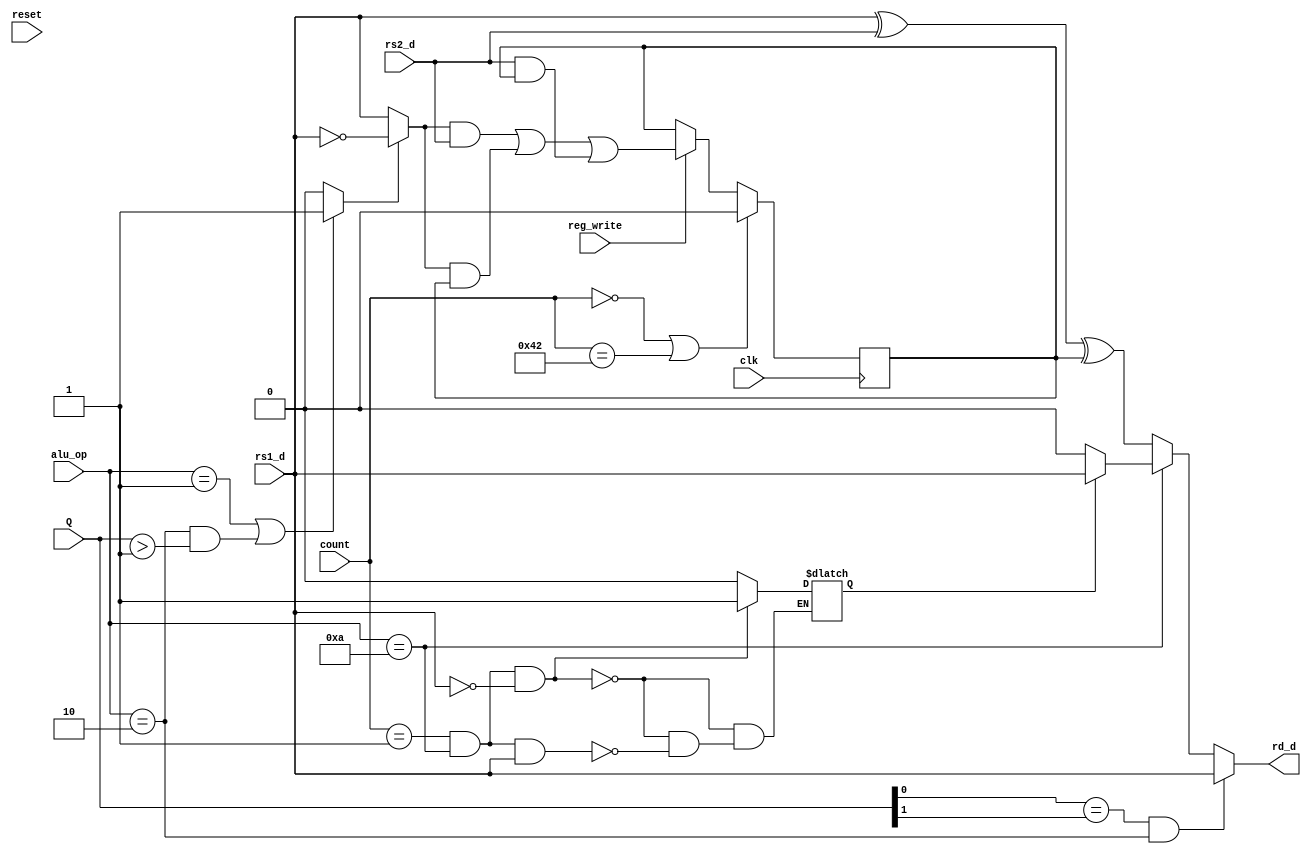
module  Serialized_ALU #(parameter LENGTH = 32)
(
	clk,  
	reset, 
	rd_d,	//alu result will be written to rd (rd_d == rd data)  
	rs1_d,  //data in from rs1
	rs2_d, 	//data in from rs2
	alu_op,//op code
	count,		//signals sent to or from controller
	reg_write,	//signals sent to or from controller
	Q
	// LENGTH
);
input[1:0] Q;
input clk, reset, rs1_d, rs2_d;
input[3:0] alu_op;
input[7:0] count; //debug: was [6:0]
input reg_write;
output rd_d;
reg carry_borrow;
wire [1:0] max;
reg pos;

wire operation = ((alu_op==1) || (alu_op==2 &&(Q>1)))? 1 : 0; //debug: added alu_op==2

wire rs1 = operation? !rs1_d : rs1_d;

always @(posedge clk)
begin	
	carry_borrow 	<= (count == 0 || count == 66) ? 0 : reg_write? ((rs1 & rs2_d) | (rs1 & carry_borrow) | (rs2_d & carry_borrow)) : carry_borrow; 		
	//debug: was 66
end

 assign rd_d = ((Q[0]==Q[1]) && alu_op==2? rs1_d : (alu_op==10)? (pos == 1 ? rs1_d : 1'b0) : (rs1_d ^ rs2_d ^ carry_borrow));
 
always @(count, alu_op, rs1_d)
begin
    if(count == 1 && alu_op==10 && rs1_d == 0)
    begin
        pos = 1'b1;
    end
    else if(count == 1 && alu_op==10 && rs1_d == 1)
    begin
        pos = 1'b0;
    end
    else
    begin
        pos = pos;
    end
//    pos = (count == 3 && alu_op==10) ? ((rs1_d == 0) ? 1: 0): pos;
end

/*dff_sync_reset FDRE_inst( //debug:
			(((Q[0]==Q[1]) && alu_op==2? rs1_d : (alu_op==10)? (pos == 1 ? rs1_d : 1'b0) : (rs1_d ^ rs2_d ^ carry_borrow))),
			clk,
			!reset,
			rd_d 
		);*/

endmodule